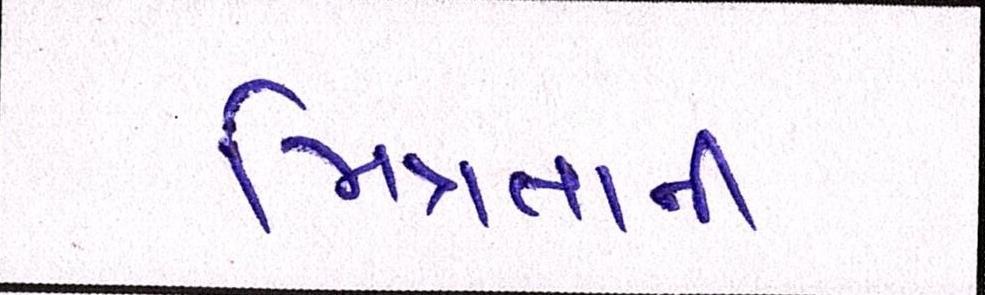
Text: મિત્રતાની